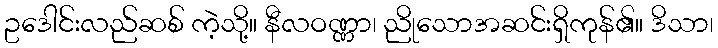
ဥဒေါင်းလည်ဆစ် ကဲ့သို့။ နီလဝဏ္ဏာ၊ ညိုသောအဆင်းရှိကုန်၏။ ဒိသာ၊